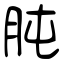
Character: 肫